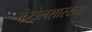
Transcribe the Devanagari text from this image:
कंट्रोलसारख्या